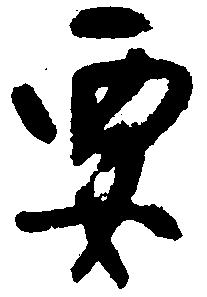
要